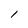
Character: l